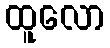
ထူလော